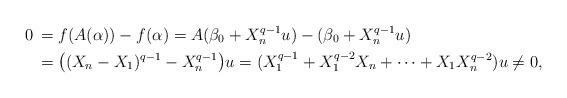
LaTeX: \begin{align*}0\,&=f(A(\alpha))-f(\alpha)=A(\beta_0+X_n^{q-1}u)-(\beta_0+X_n^{q-1}u)\cr&=\bigl((X_n-X_1)^{q-1}-X_n^{q-1}\bigr)u=(X_1^{q-1}+X_1^{q-2}X_n+\cdots+X_1X_n^{q-2})u\ne 0,\end{align*}